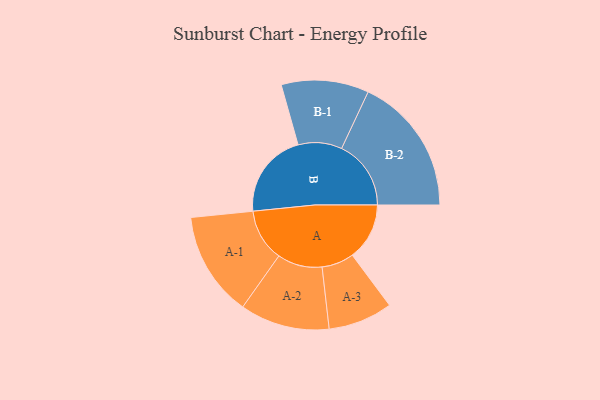
{"axis": {"x": "Segment", "y": "Value"}, "legend": ["", "A", "B"], "data": [{"x": "A", "y": 218, "type": ""}, {"x": "B", "y": 327, "type": ""}, {"x": "A-1", "y": 200, "type": "A"}, {"x": "A-2", "y": 171, "type": "A"}, {"x": "A-3", "y": 123, "type": "A"}, {"x": "B-1", "y": 167, "type": "B"}, {"x": "B-2", "y": 265, "type": "B"}]}